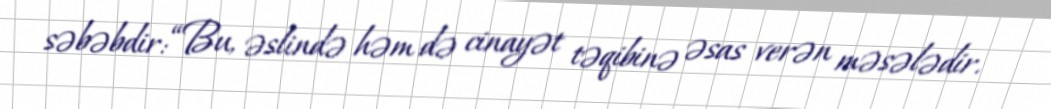
səbəbdir: “Bu, əslində həm də cinayət təqibinə əsas verən məsələdir.